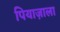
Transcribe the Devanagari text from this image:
पियाज़ाला